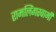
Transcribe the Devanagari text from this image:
रामलिंगस्वामी